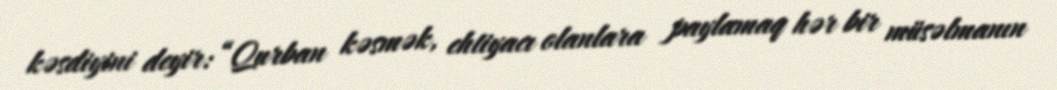
kəsdiyini deyir: “Qurban kəsmək, ehtiyacı olanlara paylamaq hər bir müsəlmanın